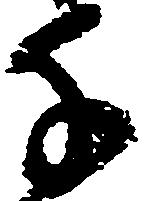
千